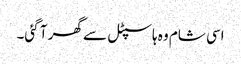
اسی شام وہ ہاسپٹل سے گھر آ گئی۔